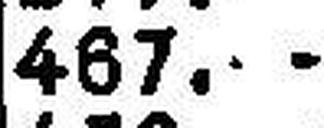
467.—